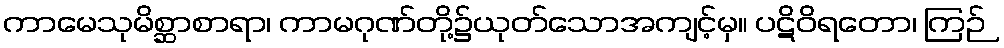
ကာမေသုမိစ္ဆာစာရာ၊ ကာမဂုဏ်တို့၌ယုတ်သောအကျင့်မှ။ ပဋိဝိရတော၊ ကြဉ်